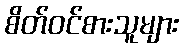
စိတ်ဝင်စားသူများ